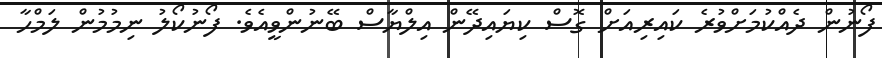
ފޯނުން ދެއްކުމަށްވުރެ ކައިރިއަށް ގޮސް ކިޔައިދޭން އިލްޔާސް ބޭނުންވީއެވެ. ފޯނުކޯލު ނިމުމުން ލަމްހާ